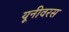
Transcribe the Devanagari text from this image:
यूनीवरस